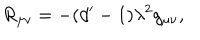
LaTeX: R _ { \mu \nu } = - ( d ^ { \prime } - 1 ) \lambda ^ { 2 } g _ { \mu \nu } ,